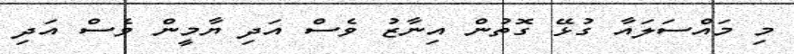
މި މައްސަލައާ ގުޅޭ ގޮތުން އިނާޒު ވެސް އަދި ޔާމީން ވެސް އަދި